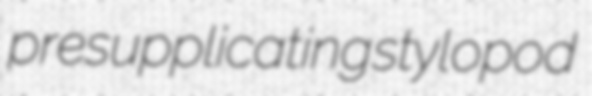
presupplicating stylopod